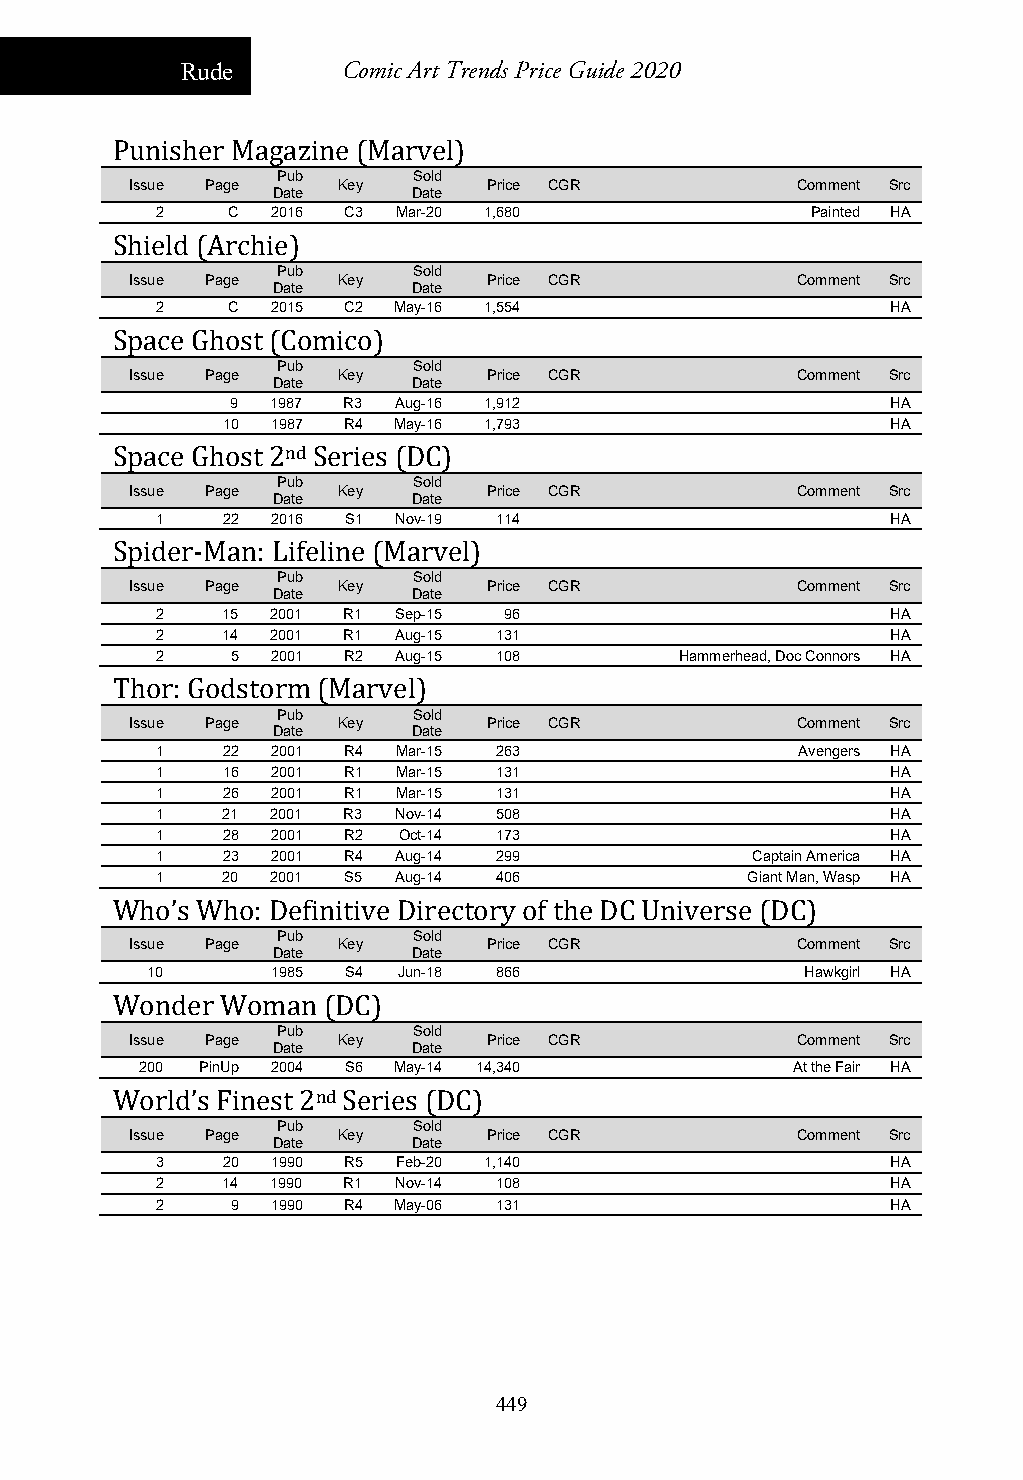
Rude       Comic Art Trends Price Guide 2020
 Punisher Magazine (Marvel)
 Pub      Sold
 Issue Page   Key       Price CGR            Comment Src
 Date     Date
 2    C  2016 C3 Mar-20 1,680                Painted HA
 Shield (Archie)
 Pub      Sold
 Issue Page   Key       Price CGR            Comment Src
 Date     Date
 2    C  2015 C2 May-16 1,554                     HA
 Space Ghost (Comico)
 Pub      Sold
 Issue Page   Key       Price CGR            Comment Src
 Date     Date
 9  1987 R3 Aug-16 1,912                     HA
 10 1987 R4 May-16 1,793                     HA
 Space Ghost 2nd Series (DC)
 Pub      Sold
 Issue Page   Key       Price CGR            Comment Src
 Date     Date
 1    22 2016 S1 Nov-19 114                       HA
 Spider-Man: Lifeline (Marvel)
 Pub      Sold
 Issue Page   Key       Price CGR            Comment Src
 Date     Date
 2    15 2001 R1 Sep-15 96                        HA
 2    14 2001 R1 Aug-15 131                       HA
 2    5  2001 R2 Aug-15 108         Hammerhead, Doc Connors HA
 Thor: Godstorm (Marvel)
 Pub      Sold
 Issue Page   Key       Price CGR            Comment Src
 Date     Date
 1    22 2001 R4 Mar-15 263                 Avengers HA
 1    16 2001 R1 Mar-15 131                       HA
 1    26 2001 R1 Mar-15 131                       HA
 1    21 2001 R3 Nov-14 508                       HA
 1    28 2001 R2 Oct-14 173                       HA
 1    23 2001 R4 Aug-14 299              Captain America HA
 1    20 2001 S5 Aug-14 406             Giant Man, Wasp HA
 Who’s Who: Definitive Directory of the DC Universe (DC)
 Pub      Sold
 Issue Page   Key       Price CGR            Comment Src
 Date     Date
 10      1985 S4 Jun-18 866                 Hawkgirl HA
 Wonder  Woman (DC)
 Pub      Sold
 Issue Page   Key       Price CGR            Comment Src
 Date     Date
 200 PinUp 2004 S6 May-14 14,340            At the Fair HA
 World’s Finest 2nd Series (DC)
 Pub      Sold
 Issue Page   Key       Price CGR            Comment Src
 Date     Date
 3    20 1990 R5 Feb-20 1,140                     HA
 2    14 1990 R1 Nov-14 108                       HA
 2    9  1990 R4 May-06 131                       HA
 449